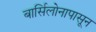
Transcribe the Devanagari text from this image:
बार्सिलोनापासून